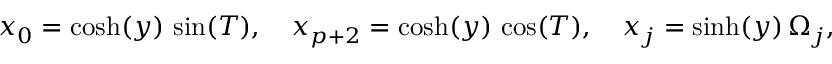
x _ { 0 } = \cosh ( y ) \, \sin ( T ) , \, \, \, \, \, \, x _ { p + 2 } = \cosh ( y ) \, \cos ( T ) , \, \, \, \, \, \, x _ { j } = \sinh ( y ) \, \Omega _ { j } ,